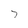
Character: 7